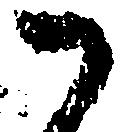
御